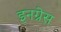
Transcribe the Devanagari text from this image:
इनग्रेस